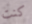
كنت